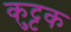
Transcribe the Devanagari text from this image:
कुुट्टक